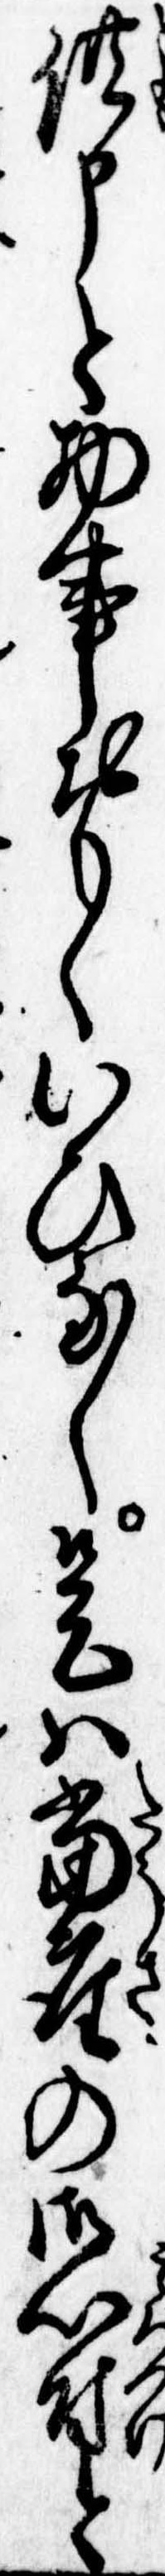
供申と物事おもくいひなし是は当座の御心付と